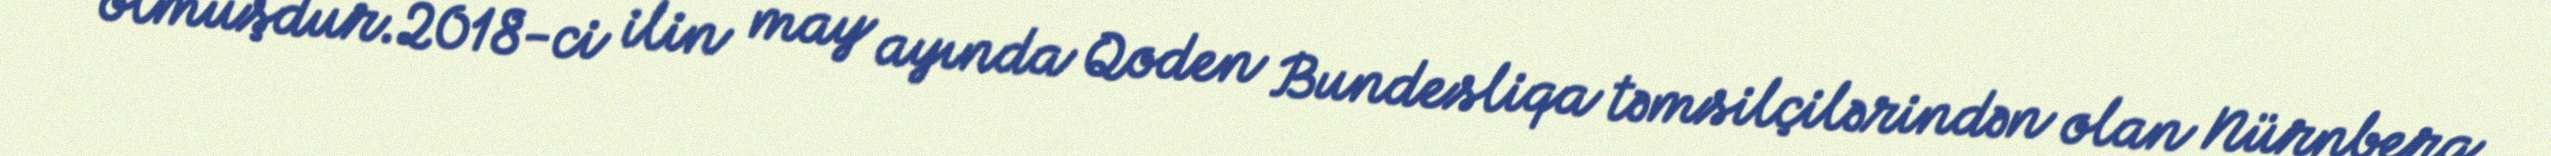
olmuşdur.2018-ci ilin may ayında Qoden Bundesliqa təmsilçilərindən olan Nürnberq